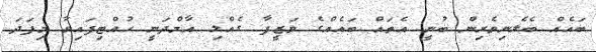
ބައެއް ބެލެނިވެރިން ބުނީ އެތައް ބައެއްގެ ވަޒީފާ ގެއްލި އާމްދަނީ ހުއްޓިފައިވާ މިފަދަ